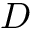
D